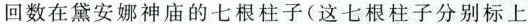
回数在黛安娜神庙的七根柱子(这七根柱子分别标上